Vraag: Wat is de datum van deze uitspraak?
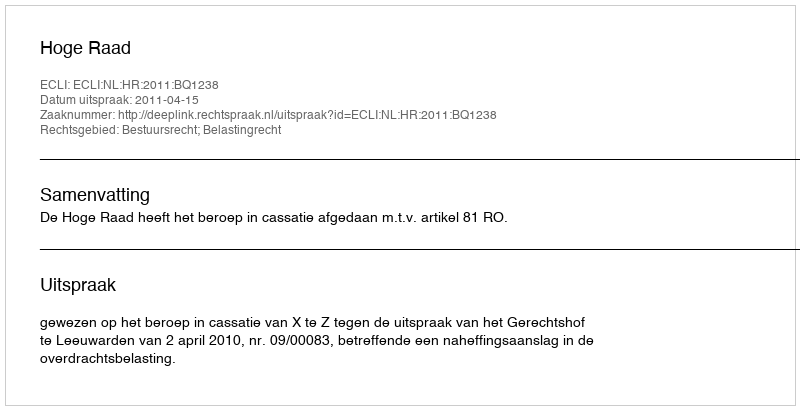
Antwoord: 2011-04-15